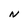
Character: N